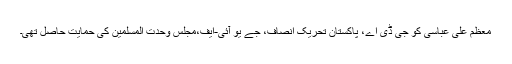
معظم علی عباسی کو جی ڈی اے، پاکستان تحریک انصاف، جے یو آئی-ایف،مجلس وحدت المسلمین کی حمایت حاصل تھی۔